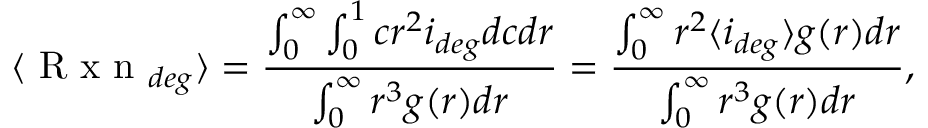
\langle \mathrm { ~ R ~ x ~ n ~ } _ { d e g } \rangle = \frac { \int _ { 0 } ^ { \infty } \int _ { 0 } ^ { 1 } c r ^ { 2 } i _ { d e g } d c d r } { \int _ { 0 } ^ { \infty } r ^ { 3 } g ( r ) d r } = \frac { \int _ { 0 } ^ { \infty } r ^ { 2 } \langle i _ { d e g } \rangle g ( r ) d r } { \int _ { 0 } ^ { \infty } r ^ { 3 } g ( r ) d r } ,